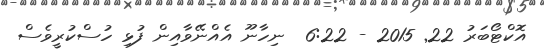
އޮކްޓޯބަރު 22